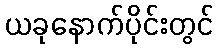
ယခုနောက်ပိုင်းတွင်